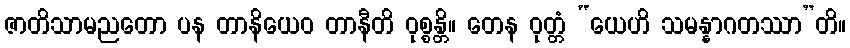
ဇာတိသာမညတော ပန တာနိယေဝ တာနီတိ ဝုစ္စန္တိ။ တေန ဝုတ္တံ “ယေဟိ သမန္နာဂတဿာ”တိ။